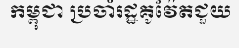
កម្ពុជា ប្រចាំរដ្ឋគូវ៉ែតជួយ